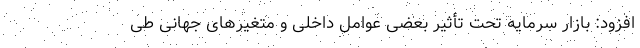
افزود:‌ بازار سرمایه تحت تأثیر بعضی عوامل داخلی و متغیرهای جهانی طی